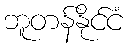
ဘူတန်နိုင်ငံ